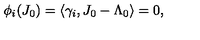
\phi _ { i } ( J _ { 0 } ) = \langle \gamma _ { i } , J _ { 0 } - \Lambda _ { 0 } \rangle = 0 ,